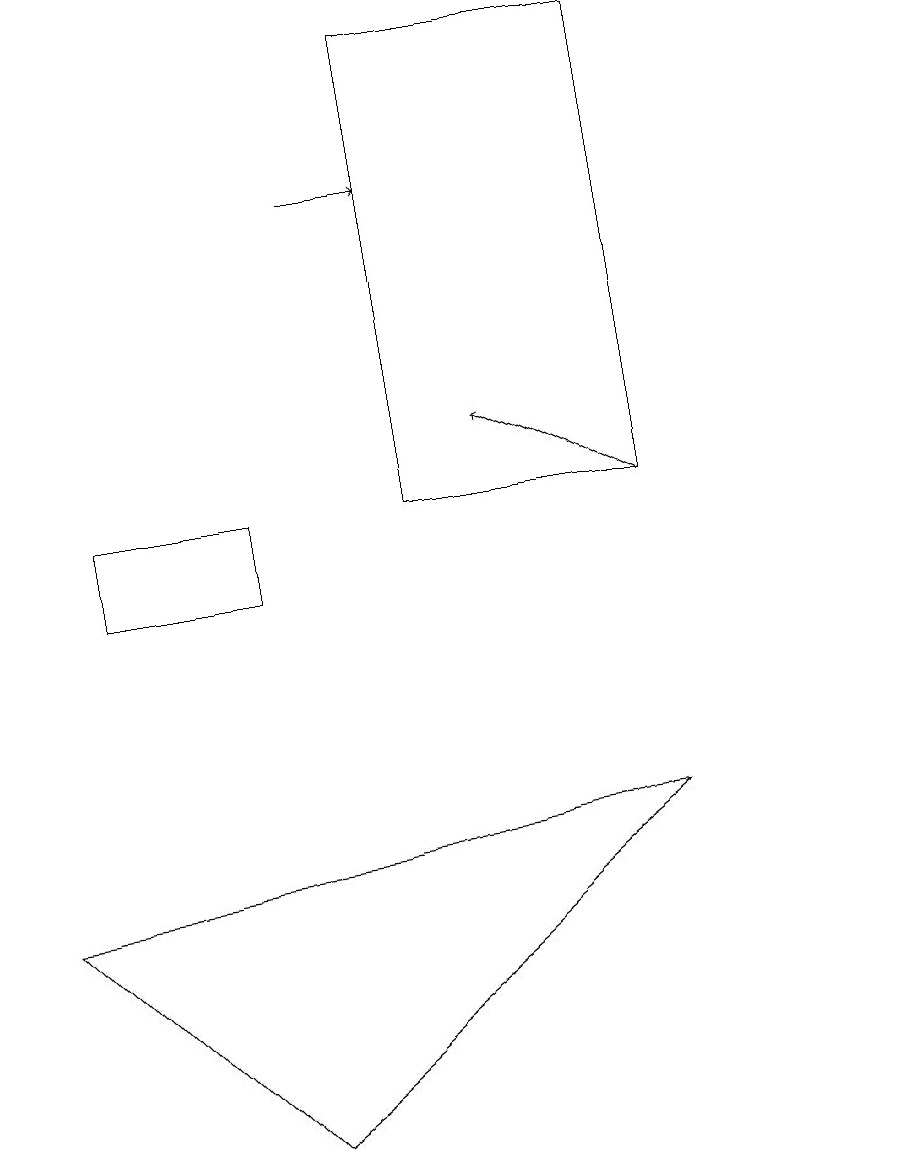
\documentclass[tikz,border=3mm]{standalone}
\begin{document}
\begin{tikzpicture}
\draw (1,7) -- (9,8) -- (4,4) -- cycle;
\draw (6,18) rectangle (9,12);
\draw[->] (5,16) -- (6,16);
\draw (2,11) rectangle (4,12);
\draw[->] (9,12) -- (7,13);
\draw (12,11) circle (0);
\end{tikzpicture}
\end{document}